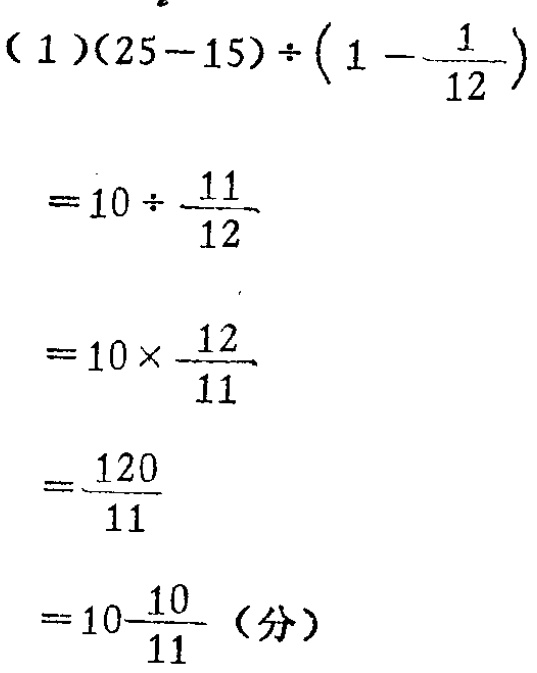
\[

\begin{align*}

&(25 - 15)\div\left(1-\frac{1}{12}\right)\\

=&10\div\frac{11}{12}\\

=&10\times\frac{12}{11}\\

=&\frac{120}{11}\\

=&10\frac{10}{11} \text{（分）}

\end{align*}

\]